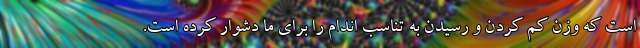
است که وزن کم کردن و رسیدن به تناسب اندام را برای ما دشوار کرده است.